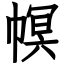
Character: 幎